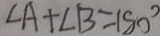
\angle A + \angle B = 1 8 0 ^ { \circ }